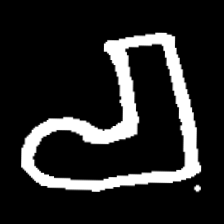
Pyu character \u2014 Myanmar letter: စ (romanized: ca)